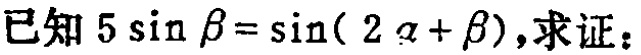
已知\(5\sin\beta = \sin(2\alpha+\beta)\)，求证：